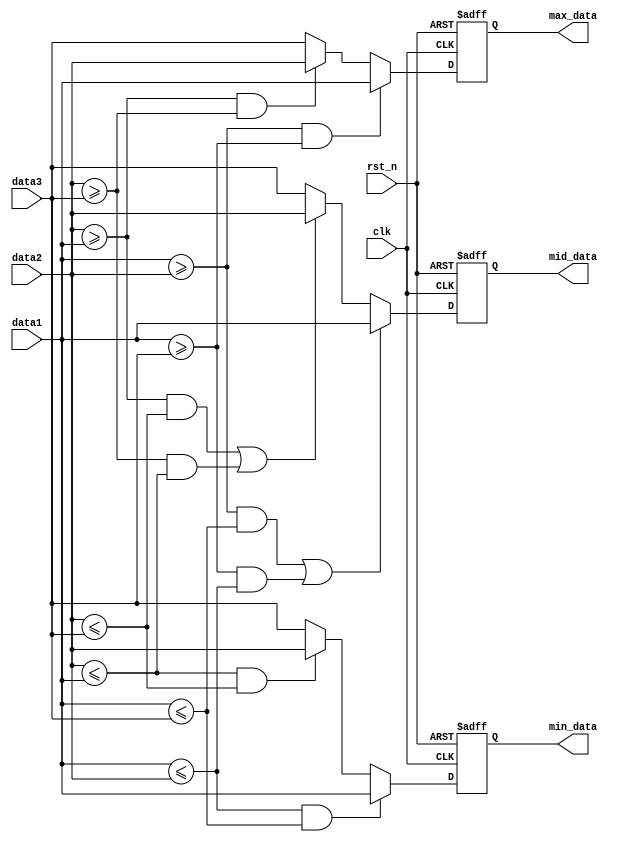
// ********************************************************************************* 
// : sort3.v   
// : 
// : 2021.3.25
// : 17hhliang3@stu.edu.cn
// --------------------------------------------------------------------------------- 
// : sort3
// : V0.0
// --------------------------------------------------------------------------------- 
// : 1)3
// 
// --------------------------------------------------------------------------------- 
// :
//    
// ---------------------------------------------------------------------------------
// :
//  			  
// ---------------------------------------------------------------------------------
// *********************************************************************************


// ---------------------------------------------------------------------------------
//  Include File
// --------------------------------------------------------------------------------- 

// ---------------------------------------------------------------------------------
//  Simulation Timescale
// ---------------------------------------------------------------------------------

// ---------------------------------------------------------------------------------
//  Constant Parameters
// ---------------------------------------------------------------------------------

// ---------------------------------------------------------------------------------
//  Module Define
// --------------------------------------------------------------------------------- 
module sort3
(
    // clock & reset
    input 			    clk,	                //
    input               rst_n,                  //, 

    // input signal
    input      [ 7 : 0] data1,                  //1
    input      [ 7 : 0] data2,                  //2
    input      [ 7 : 0] data3,                  //3
    
    // output signal
    output reg [ 7 : 0] max_data,               //
    output reg [ 7 : 0] mid_data,               //
    output reg [ 7 : 0] min_data                //
);

// ---------------------------------------------------------------------------------
//  Local Constant Parameters
// ---------------------------------------------------------------------------------

   
// ---------------------------------------------------------------------------------
//  Module_Variables
// --------------------------------------------------------------------------------- 
    
    
// ---------------------------------------------------------------------------------
//  Continuous Assignments
// ---------------------------------------------------------------------------------    


// ---------------------------------------------------------------------------------
//  Clocked Assignments
// ---------------------------------------------------------------------------------
    // 
    always @(posedge clk or negedge rst_n)
    begin
        if(!rst_n)
        begin
            max_data <= 8'd0;
            mid_data <= 8'd0;
            min_data <= 8'd0;
        end
        else
        begin
                    //
            if(data1 >= data2 && data1 >= data3)
            begin
                max_data <= data1;
            end
            else if(data2 >= data1 && data2 >= data3)
            begin
                max_data <= data2;
            end
            else  //(data3 >= data1 && data3 >= data2)
            begin
                max_data <= data3;
            end
                    //
            if((data1 >= data2 && data1 <= data3) || (data1 >= data3 && data1 <= data2))
            begin
                mid_data <= data1;
            end
            else if((data2 >= data1 && data2 <= data3) || (data2 >= data3 && data2 <= data1))
            begin
                mid_data <= data2;
            end
            else    //((data3 >= data1 && data3 <= data2) || (data3 >= data2 && data3 <= data1))
            begin
                mid_data <= data3;
            end
                    //
            if(data1 <= data2 && data1 <= data3)
            begin
                min_data <= data1;
            end
            else if(data2 <= data1 && data2 <= data3)
            begin
                min_data <= data2;
            end
            else    //(data3 <= data1 && data3 <= data2)
            begin
                min_data <= data3;
            end
        end
    end

// ---------------------------------------------------------------------------------
//  Moudle Instantiate
// ---------------------------------------------------------------------------------


// ---------------------------------------------------------------------------------
//  Called Tasks
// ---------------------------------------------------------------------------------

	
// ---------------------------------------------------------------------------------
//  Called Functions
// ---------------------------------------------------------------------------------

    
endmodule